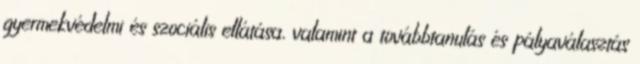
gyermekvédelmi és szociális ellátása, valamint a továbbtanulás és pályaválasztás